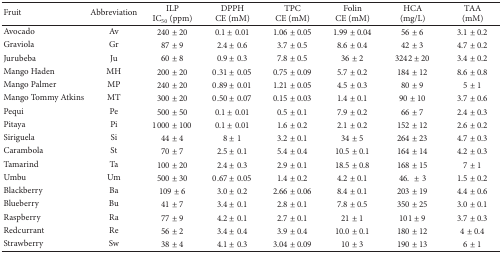
<table><thead><tr><td><b>Fruit</b></td><td><b>Abbreviation</b></td><td><b>ILPIC<sub>50</sub> (ppm)</b></td><td><b>DPPHCE (mM)</b></td><td><b>TPCCE (mM)</b></td><td><b>FolinCE (mM)</b></td><td><b>HCA(mg/L)</b></td><td><b>TAA(mM)</b></td></tr></thead><tbody><tr><td>Avocado</td><td>Av</td><td>240 ± 20</td><td>0.1 ± 0.01</td><td>1.06 ± 0.05</td><td>1.99 ± 0.04</td><td>56 ± 6</td><td>3.1 ± 0.2</td></tr><tr><td>Graviola</td><td>Gr</td><td>87 ± 9</td><td>2.4 ± 0.6</td><td>3.7 ± 0.5</td><td>8.6 ± 0.4</td><td>42 ± 3</td><td>4.7 ± 0.2</td></tr><tr><td>Jurubeba</td><td>Ju</td><td>60 ± 8</td><td>0.9 ± 0.3</td><td>7.8 ± 0.5</td><td>36 ± 2</td><td>3242 ± 20</td><td>3.4 ± 0.2</td></tr><tr><td>Mango Haden</td><td>MH</td><td>200 ± 20</td><td>0.31 ± 0.05</td><td>0.75 ± 0.09</td><td>5.7 ± 0.2</td><td>184 ± 12</td><td>8.6 ± 0.8</td></tr><tr><td>Mango Palmer</td><td>MP</td><td>240 ± 20</td><td>0.89 ± 0.01</td><td>1.21 ± 0.05</td><td>4.5 ± 0.3</td><td>80 ± 9</td><td>5 ± 1</td></tr><tr><td>Mango Tommy Atkins</td><td>MT</td><td>300 ± 20</td><td>0.50 ± 0.07</td><td>0.15 ± 0.03</td><td>1.4 ± 0.1</td><td>90 ± 10</td><td>3.7 ± 0.6</td></tr><tr><td>Pequi</td><td>Pe</td><td>500 ± 50</td><td>0.1 ± 0.01</td><td>0.5 ± 0.1</td><td>7.9 ± 0.2</td><td>66 ± 7</td><td>2.4 ± 0.3</td></tr><tr><td>Pitaya</td><td>Pi</td><td>1000 ± 100</td><td>0.1 ± 0.01</td><td>1.6 ± 0.2</td><td>2.1 ± 0.2</td><td>152 ± 12</td><td>2.6 ± 0.2</td></tr><tr><td>Siriguela</td><td>Si</td><td>44 ± 4</td><td>8 ± 1</td><td>3.2 ± 0.1</td><td>34 ± 5</td><td>264 ± 23</td><td>4.7 ± 0.3</td></tr><tr><td>Carambola</td><td>St</td><td>70 ± 7</td><td>2.5 ± 0.1</td><td>5.4 ± 0.4</td><td>10.5 ± 0.1</td><td>164 ± 14</td><td>4.2 ± 0.3</td></tr><tr><td>Tamarind</td><td>Ta</td><td>100 ± 20</td><td>2.4 ± 0.3</td><td>2.9 ± 0.1</td><td>18.5 ± 0.8</td><td>168 ± 15</td><td>7 ± 1</td></tr><tr><td>Umbu</td><td>Um</td><td>500 ± 30</td><td>0.67 ± 0.05</td><td>1.4 ± 0.2</td><td>4.2 ± 0.1</td><td>46. ± 3</td><td>1.5 ± 0.2</td></tr><tr><td>Blackberry</td><td>Ba</td><td>109 ± 6</td><td>3.0 ± 0.2</td><td>2.66 ± 0.06</td><td>8.4 ± 0.1</td><td>203 ± 19</td><td>4.4 ± 0.6</td></tr><tr><td>Blueberry</td><td>Bu</td><td>41 ± 7</td><td>3.4 ± 0.1</td><td>2.8 ± 0.1</td><td>7.8 ± 0.5</td><td>350 ± 25</td><td>3.0 ± 0.1</td></tr><tr><td>Raspberry</td><td>Ra</td><td>77 ± 9</td><td>4.2 ± 0.1</td><td>2.7 ± 0.1</td><td>21 ± 1</td><td>101 ± 9</td><td>3.7 ± 0.3</td></tr><tr><td>Redcurrant</td><td>Re</td><td>56 ± 2</td><td>3.4 ± 0.4</td><td>3.9 ± 0.4</td><td>10.0 ± 0.1</td><td>180 ± 12</td><td>4 ± 0.4</td></tr><tr><td>Strawberry</td><td>Sw</td><td>38 ± 4</td><td>4.1 ± 0.3</td><td>3.04 ± 0.09</td><td>10 ± 3</td><td>190 ± 13</td><td>6 ± 1</td></tr></tbody></table>